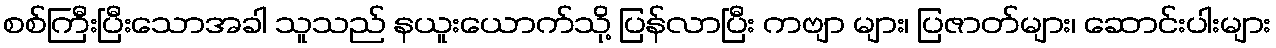
စစ်ကြီးပြီးသောအခါ သူသည် နယူးယောက်သို့ ပြန်လာပြီး ကဗျာ များ၊ ပြဇာတ်များ၊ ဆောင်းပါးများ